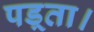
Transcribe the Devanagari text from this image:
पड़्ता।